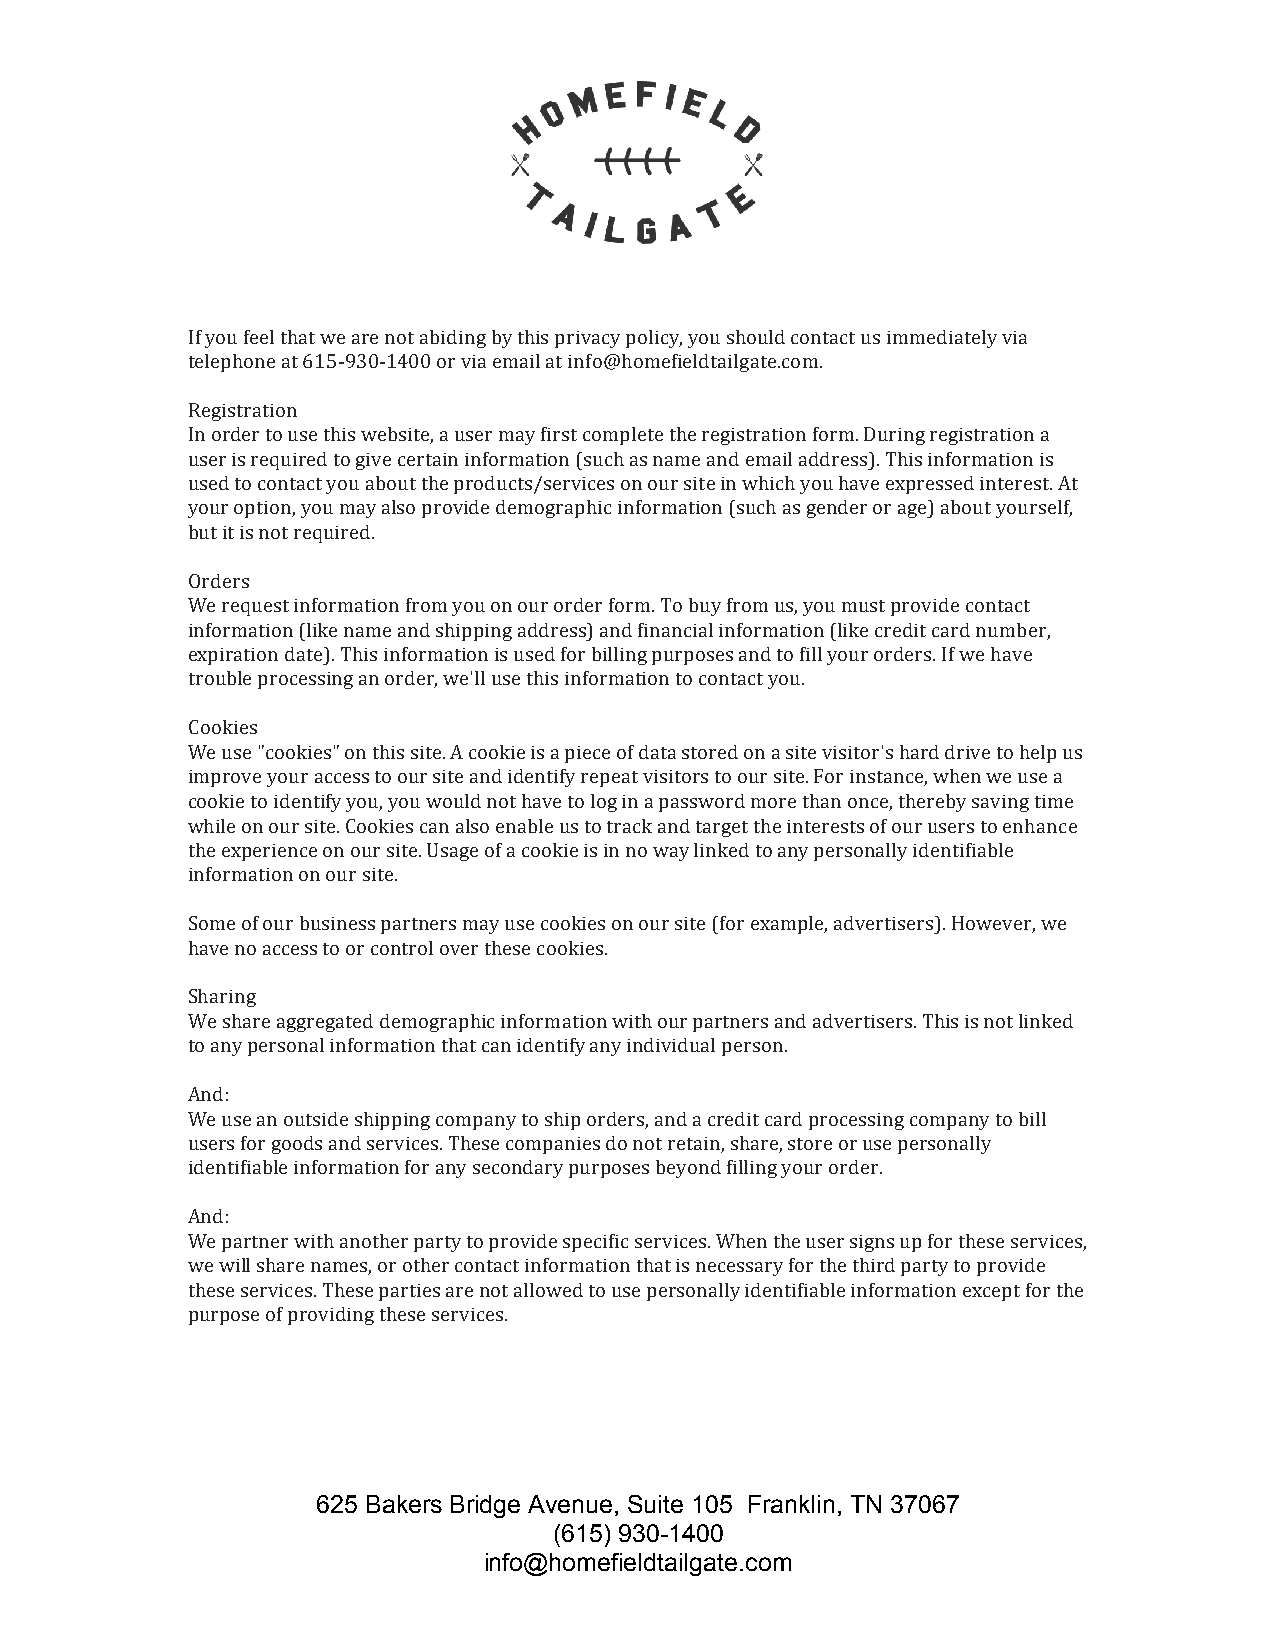
If you feel that we are not abiding by this privacy policy, you should contact us immediately via
 telephone at 615-930-1400 or via email at info@homefieldtailgate.com.
 Registration
 In order to use this website, a user may first complete the registration form. During registration a
 user is required to give certain information (such as name and email address). This information is
 used to contact you about the products/services on our site in which you have expressed interest. At
 your option, you may also provide demographic information (such as gender or age) about yourself,
 but it is not required.
 Orders
 We request information from you on our order form. To buy from us, you must provide contact
 information (like name and shipping address) and financial information (like credit card number,
 expiration date). This information is used for billing purposes and to fill your orders. If we have
 trouble processing an order, we'll use this information to contact you.
 Cookies
 We use "cookies" on this site. A cookie is a piece of data stored on a site visitor's hard drive to help us
 improve your access to our site and identify repeat visitors to our site. For instance, when we use a
 cookie to identify you, you would not have to log in a password more than once, thereby saving time
 while on our site. Cookies can also enable us to track and target the interests of our users to enhance
 the experience on our site. Usage of a cookie is in no way linked to any personally identifiable
 information on our site.
 Some of our business partners may use cookies on our site (for example, advertisers). However, we
 have no access to or control over these cookies.
 Sharing
 We share aggregated demographic information with our partners and advertisers. This is not linked
 to any personal information that can identify any individual person.
 And:
 We use an outside shipping company to ship orders, and a credit card processing company to bill
 users for goods and services. These companies do not retain, share, store or use personally
 identifiable information for any secondary purposes beyond filling your order.
 And:
 We partner with another party to provide specific services. When the user signs up for these services,
 we will share names, or other contact information that is necessary for the third party to provide
 these services. These parties are not allowed to use personally identifiable information except for the
 purpose of providing these services.
 625 Bakers Bridge Avenue, Suite 105 Franklin, TN 37067
 (615) 930-1400
 info@homefieldtailgate.com